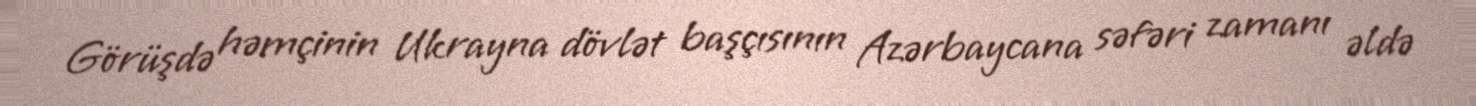
Görüşdə həmçinin Ukrayna dövlət başçısının Azərbaycana səfəri zamanı əldə